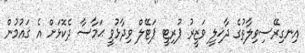
އިނގިރޭސިވިލާތުގެ ދާޚިލީ ވަޒީރު ޕުރިޓީ ޕަޓޭލް ވިދާޅުވީ ޙަމާސާ ދެކޮޅަށް އެ ޤައުމުން